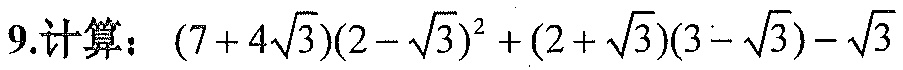
9.计算：\((7 + 4\sqrt{3})(2 - \sqrt{3})^{2}+(2 + \sqrt{3})(3 - \sqrt{3})-\sqrt{3}\)